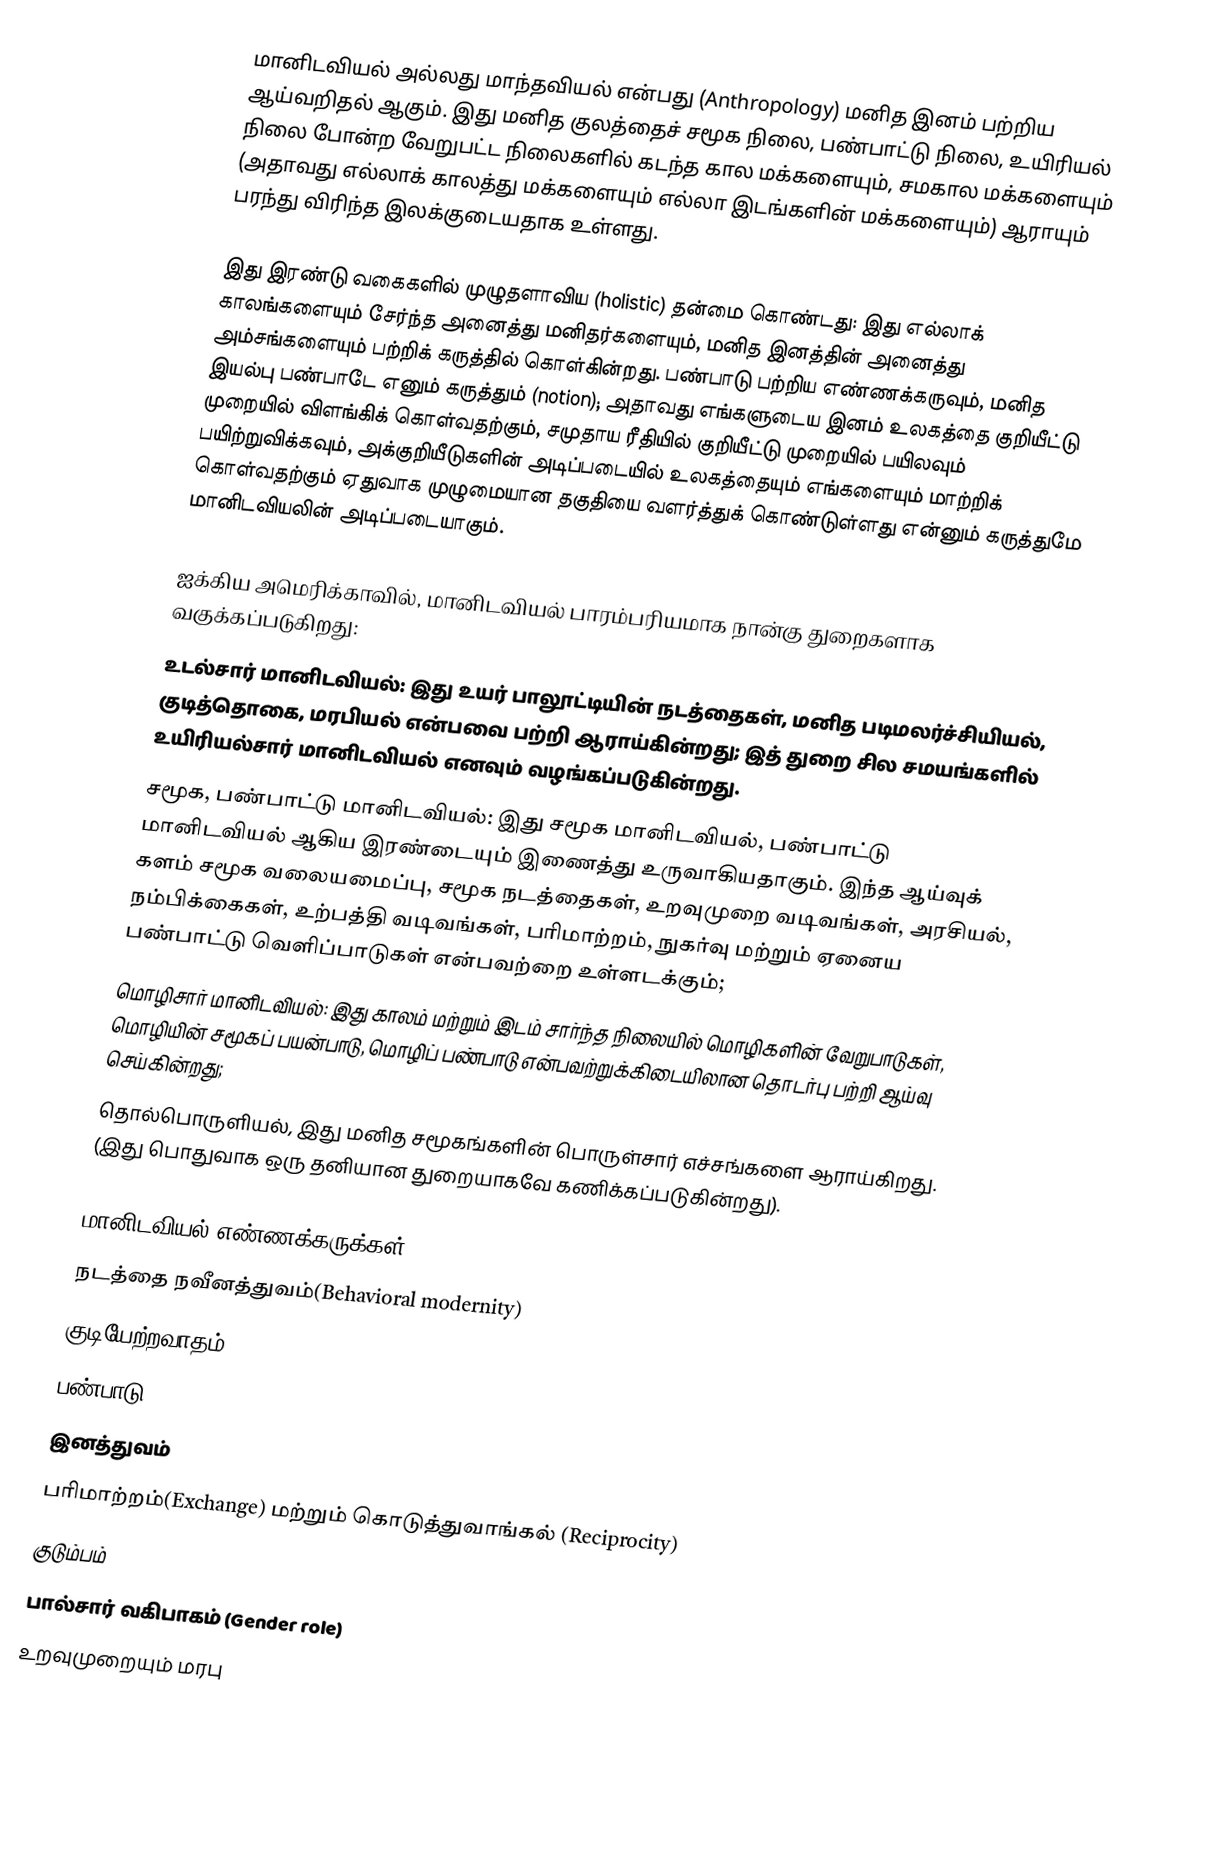
மானிடவியல் அல்லது மாந்தவியல் என்பது (Anthropology) மனித இனம் பற்றிய ஆய்வறிதல் ஆகும். இது மனித குலத்தைச் சமூக நிலை, பண்பாட்டு நிலை, உயிரியல் நிலை போன்ற வேறுபட்ட நிலைகளில் கடந்த கால மக்களையும், சமகால மக்களையும் (அதாவது எல்லாக் காலத்து மக்களையும் எல்லா இடங்களின் மக்களையும்) ஆராயும் பரந்து விரிந்த இலக்குடையதாக உள்ளது.

இது இரண்டு வகைகளில் முழுதளாவிய (holistic) தன்மை கொண்டது: இது எல்லாக் காலங்களையும் சேர்ந்த அனைத்து மனிதர்களையும், மனித இனத்தின் அனைத்து அம்சங்களையும் பற்றிக் கருத்தில் கொள்கின்றது. பண்பாடு பற்றிய எண்ணக்கருவும், மனித இயல்பு பண்பாடே எனும் கருத்தும் (notion); அதாவது எங்களுடைய இனம் உலகத்தை குறியீட்டு முறையில் விளங்கிக் கொள்வதற்கும், சமுதாய ரீதியில் குறியீட்டு முறையில் பயிலவும் பயிற்றுவிக்கவும், அக்குறியீடுகளின் அடிப்படையில் உலகத்தையும் எங்களையும் மாற்றிக் கொள்வதற்கும் ஏதுவாக முழுமையான தகுதியை வளர்த்துக் கொண்டுள்ளது என்னும் கருத்துமே மானிடவியலின் அடிப்படையாகும்.

ஐக்கிய அமெரிக்காவில், மானிடவியல் பாரம்பரியமாக நான்கு துறைகளாக வகுக்கப்படுகிறது:
 உடல்சார் மானிடவியல்: இது உயர் பாலூட்டியின் நடத்தைகள், மனித படிமலர்ச்சியியல், குடித்தொகை, மரபியல் என்பவை பற்றி ஆராய்கின்றது; இத் துறை சில சமயங்களில் உயிரியல்சார் மானிடவியல் எனவும் வழங்கப்படுகின்றது.
 சமூக, பண்பாட்டு மானிடவியல்: இது சமூக மானிடவியல், பண்பாட்டு மானிடவியல் ஆகிய இரண்டையும் இணைத்து உருவாகியதாகும். இந்த ஆய்வுக் களம் சமூக வலையமைப்பு, சமூக நடத்தைகள், உறவுமுறை வடிவங்கள், அரசியல், நம்பிக்கைகள், உற்பத்தி வடிவங்கள், பரிமாற்றம், நுகர்வு மற்றும் ஏனைய பண்பாட்டு வெளிப்பாடுகள் என்பவற்றை உள்ளடக்கும்;
 மொழிசார் மானிடவியல்: இது காலம் மற்றும் இடம் சார்ந்த நிலையில் மொழிகளின் வேறுபாடுகள், மொழியின் சமூகப் பயன்பாடு, மொழிப் பண்பாடு என்பவற்றுக்கிடையிலான தொடர்பு பற்றி ஆய்வு செய்கின்றது;
 தொல்பொருளியல், இது மனித சமூகங்களின் பொருள்சார் எச்சங்களை ஆராய்கிறது. (இது பொதுவாக ஒரு தனியான துறையாகவே கணிக்கப்படுகின்றது).

மானிடவியல் எண்ணக்கருக்கள்
 நடத்தை நவீனத்துவம்(Behavioral modernity)
 குடியேற்றவாதம்
 பண்பாடு
 இனத்துவம்
 பரிமாற்றம்(Exchange) மற்றும் கொடுத்துவாங்கல் (Reciprocity)
 குடும்பம்
 பால்சார் வகிபாகம் (Gender role)
 உறவுமுறையும் மரபு